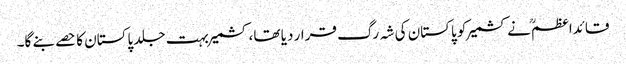
قائداعظمؒ نے کشمیر کو پاکستان کی شہ رگ قرار دیا تھا، کشمیر بہت جلد پاکستان کا حصے بنے گا۔